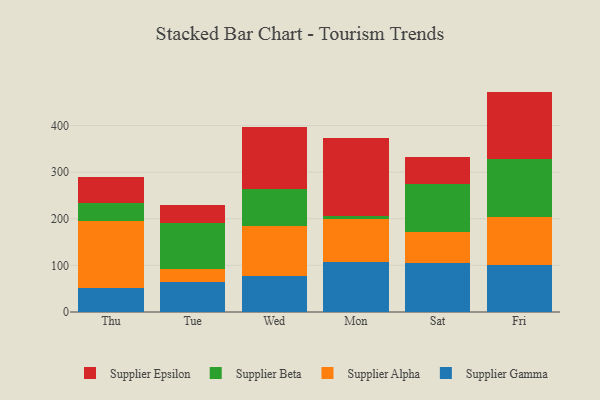
{"axis": {"x": "Day", "y": "LTV (USD)"}, "legend": ["Supplier Alpha", "Supplier Beta", "Supplier Epsilon", "Supplier Gamma"], "data": [{"x": "Thu", "y": 51.5, "type": "Supplier Gamma"}, {"x": "Thu", "y": 144.7, "type": "Supplier Alpha"}, {"x": "Thu", "y": 38.1, "type": "Supplier Beta"}, {"x": "Thu", "y": 54.7, "type": "Supplier Epsilon"}, {"x": "Tue", "y": 64.1, "type": "Supplier Gamma"}, {"x": "Tue", "y": 27.1, "type": "Supplier Alpha"}, {"x": "Tue", "y": 99.2, "type": "Supplier Beta"}, {"x": "Tue", "y": 40.0, "type": "Supplier Epsilon"}, {"x": "Wed", "y": 77.6, "type": "Supplier Gamma"}, {"x": "Wed", "y": 106.2, "type": "Supplier Alpha"}, {"x": "Wed", "y": 80.9, "type": "Supplier Beta"}, {"x": "Wed", "y": 131.7, "type": "Supplier Epsilon"}, {"x": "Mon", "y": 106.9, "type": "Supplier Gamma"}, {"x": "Mon", "y": 92.5, "type": "Supplier Alpha"}, {"x": "Mon", "y": 6.7, "type": "Supplier Beta"}, {"x": "Mon", "y": 168.0, "type": "Supplier Epsilon"}, {"x": "Sat", "y": 105.2, "type": "Supplier Gamma"}, {"x": "Sat", "y": 65.9, "type": "Supplier Alpha"}, {"x": "Sat", "y": 104.0, "type": "Supplier Beta"}, {"x": "Sat", "y": 58.0, "type": "Supplier Epsilon"}, {"x": "Fri", "y": 101.2, "type": "Supplier Gamma"}, {"x": "Fri", "y": 103.3, "type": "Supplier Alpha"}, {"x": "Fri", "y": 123.7, "type": "Supplier Beta"}, {"x": "Fri", "y": 144.6, "type": "Supplier Epsilon"}]}